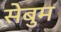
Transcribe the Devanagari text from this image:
सेबुम